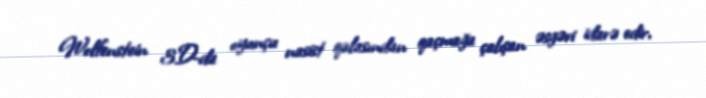
Wolfenstein 3D-da oyunçu nasist qalasından qaçmağa çalışan əsgəri idarə edir,